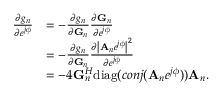
\begin{array} { r l } { { \frac { \partial g _ { n } } { \partial e ^ { j \phi } } } } & { = - { \frac { \partial g _ { n } } { \partial { \bf G } _ { n } } } { \frac { \partial { \bf G } _ { n } } { \partial e ^ { j \phi } } } } \\ & { = - { \frac { \partial g _ { n } } { \partial { \bf G } _ { n } } } { \frac { \partial \left| { { \bf A } _ { n } } e ^ { j \phi } \right| ^ { 2 } } { \partial e ^ { j \phi } } } } \\ & { = - 4 { \bf G } _ { n } ^ { H } \mathrm { d i a g } ( c o n j ( { { \bf A } _ { n } } e ^ { j \phi } ) ) { { \bf A } _ { n } } . } \end{array}